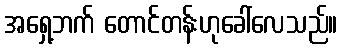
အရှေ့ဘက် တောင်တန်းဟုခေါ်လေသည်။